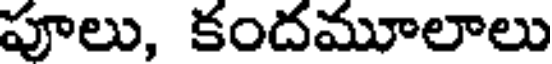
పూలు, కందమూలాలు